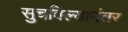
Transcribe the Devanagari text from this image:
सुचविल्यानंतर